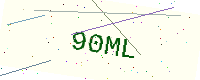
Text: 90ML